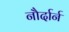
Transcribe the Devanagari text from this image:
नौर्दार्न